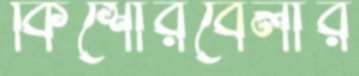
কিশোরবেলার